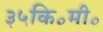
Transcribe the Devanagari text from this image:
३५कि॰मी॰